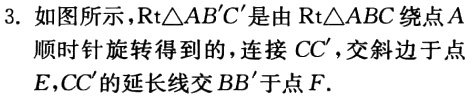
3. 如图所示，\(Rt\triangle AB'C'\)是由\(Rt\triangle ABC\)绕点\(A\)顺时针旋转得到的，连接\(CC'\)，交斜边于点\(E\)，\(CC'\)的延长线交\(BB'\)于点\(F\).